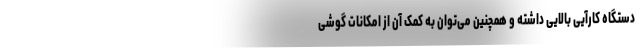
دستگاه کارآیی بالایی داشته و همچنین می‌توان به کمک آن از امکانات گوشی